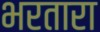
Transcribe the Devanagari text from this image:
भरतारा